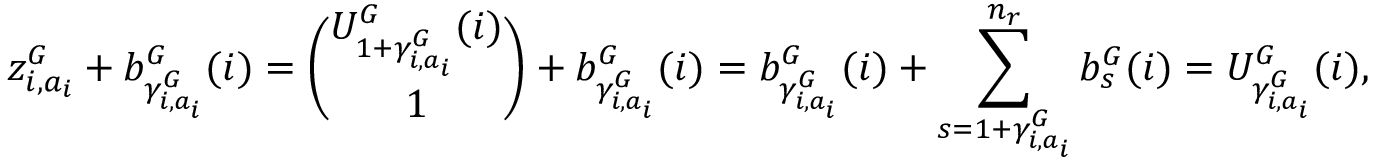
z _ { i , a _ { i } } ^ { G } + b _ { \gamma _ { i , a _ { i } } ^ { G } } ^ { G } ( i ) = \binom { U _ { 1 + \gamma _ { i , a _ { i } } ^ { G } } ^ { G } ( i ) } { 1 } + b _ { \gamma _ { i , a _ { i } } ^ { G } } ^ { G } ( i ) = b _ { \gamma _ { i , a _ { i } } ^ { G } } ^ { G } ( i ) + \sum _ { s = 1 + \gamma _ { i , a _ { i } } ^ { G } } ^ { n _ { r } } b _ { s } ^ { G } ( i ) = U _ { \gamma _ { i , a _ { i } } ^ { G } } ^ { G } ( i ) ,